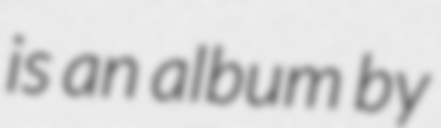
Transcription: is an album by